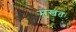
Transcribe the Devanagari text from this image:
मुखतः